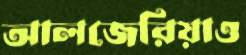
আলজেরিয়াও